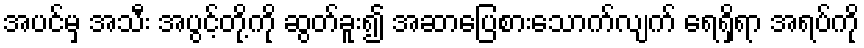
အပင်မှ အသီး အပွင့်တို့ကို ဆွတ်ခူး၍ အဆာပြေစားသောက်လျက် ရေရှိရာ အရပ်ကို